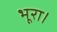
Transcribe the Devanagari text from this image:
भूरा।